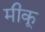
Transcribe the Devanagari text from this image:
मीकू